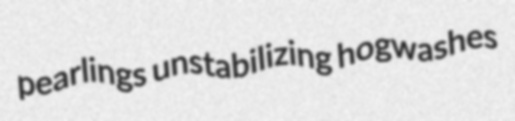
pearlings unstabilizing hogwashes